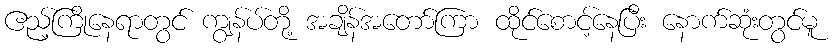
ဧည့်ကြိုနေရာတွင် ကျွန်ပ်တို့ အချိန်အတော်ကြာ ထိုင်စောင့်နေပြီး နောက်ဆုံးတွင်မူ